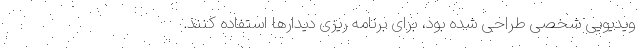
ویدیویی شخصی طراحی شده بود، برای برنامه ریزی دیدارها استفاده کنند.